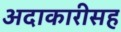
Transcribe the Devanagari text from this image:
अदाकारीसह